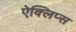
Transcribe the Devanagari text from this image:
ऐक्लिप्स